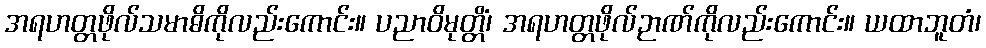
အရဟတ္တဖိုလ်သမာဓိကိုလည်းကောင်း။ ပညာဝိမုတ္တိံ၊ အရဟတ္တဖိုလ်ဉာဏ်ကိုလည်းကောင်း။ ယထာဘူတံ၊